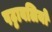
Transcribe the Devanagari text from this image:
पट्टावलियों